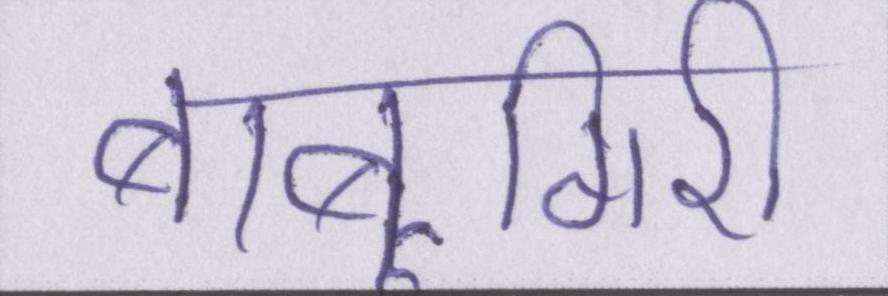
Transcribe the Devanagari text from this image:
बाबूगिरी